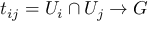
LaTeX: t _ { i j } = U _ { i } \cap U _ { j } \to G